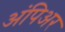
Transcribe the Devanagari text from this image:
अंपिअर